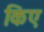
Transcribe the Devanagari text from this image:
किए